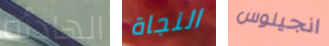
الهادئة النجاة انجيلوس